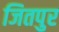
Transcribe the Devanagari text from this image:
जितपुर